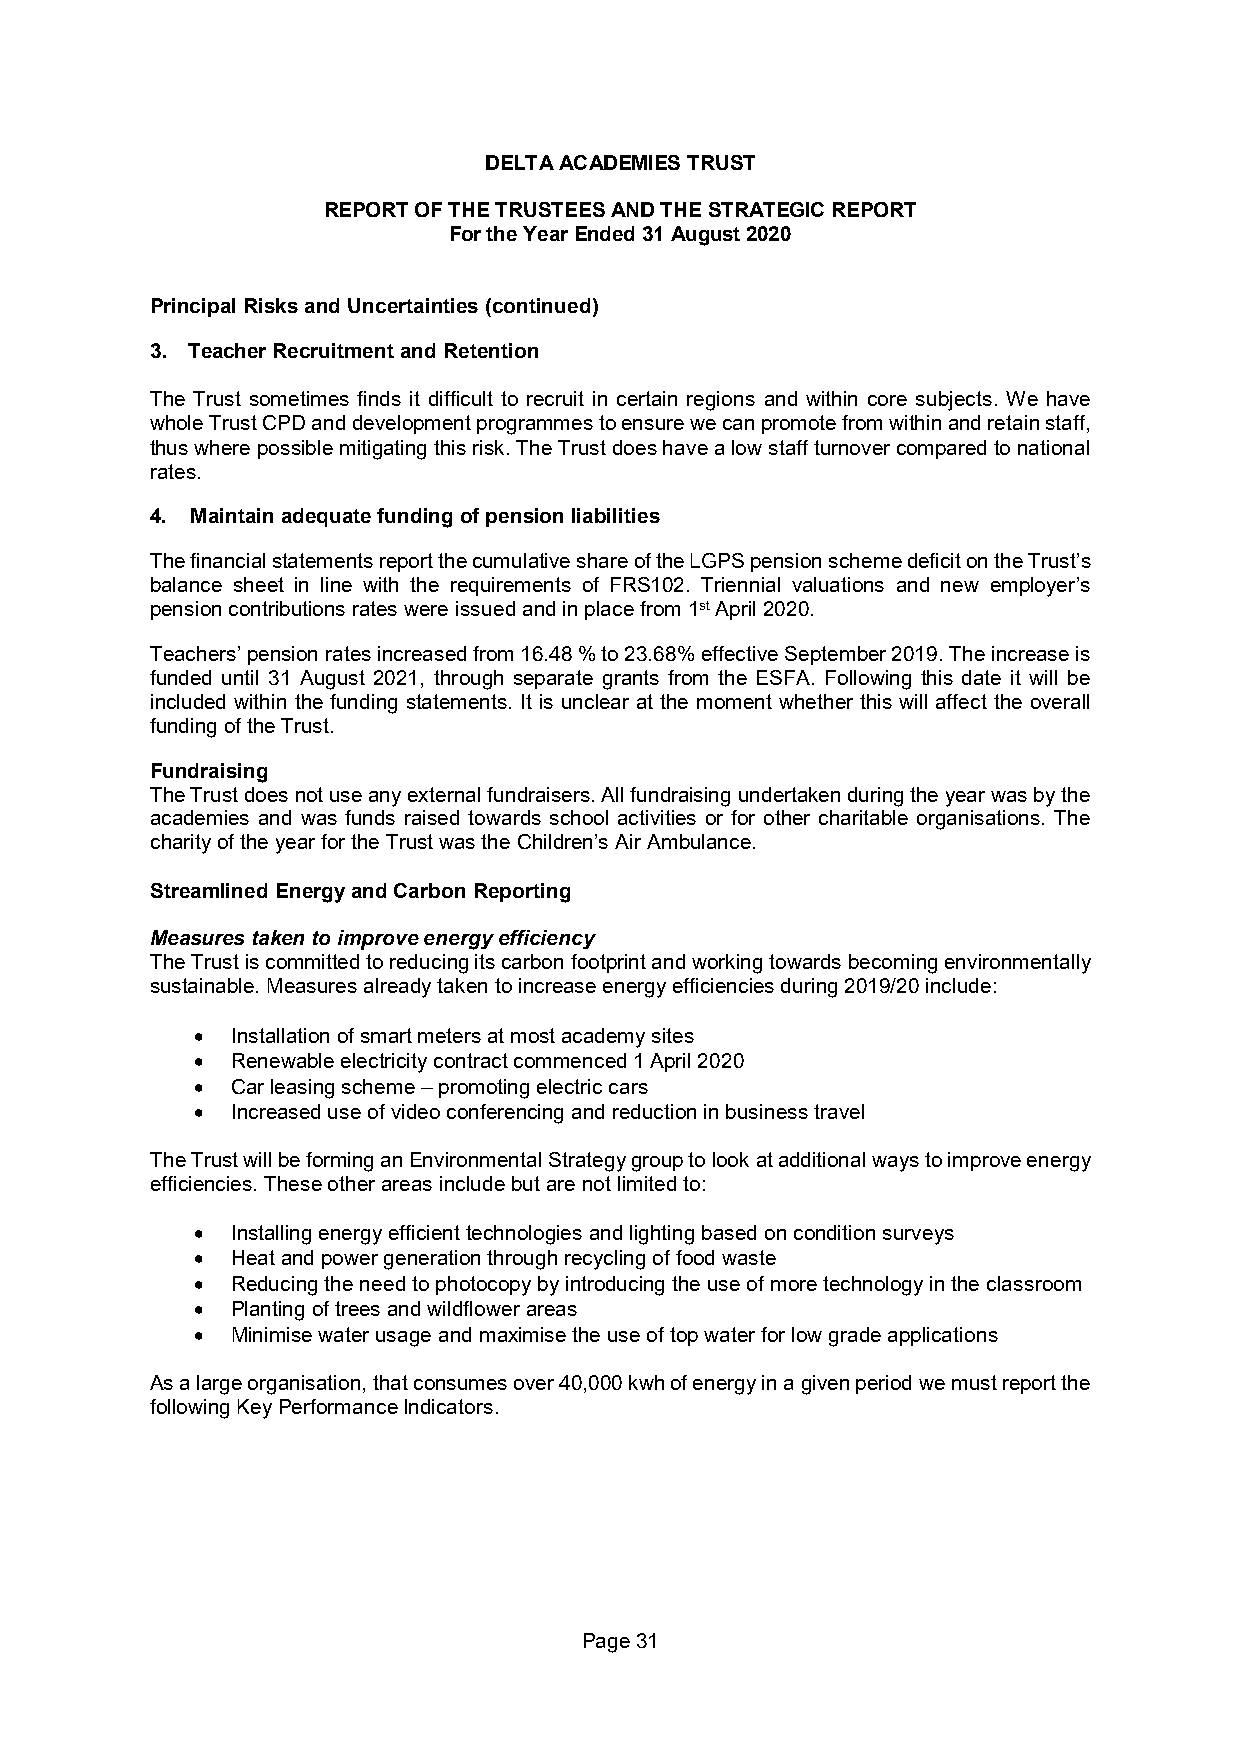
DELTA ACADEMIES TRUST
 REPORT OF THE TRUSTEES AND THE STRATEGIC REPORT
 For the Year Ended 31 August 2020
 Principal Risks and Uncertainties (continued)
 3. Teacher Recruitment and Retention
 The Trust sometimes finds it difficult to recruit in certain regions and within core subjects. We have
 whole Trust CPD and development programmes to ensure we can promote from within and retain staff,
 thus where possible mitigating this risk. The Trust does have a low staff turnover compared to national
 rates.
 4. Maintain adequate funding of pension liabilities
 The financial statements report the cumulative share of the LGPS pension scheme deficit on the Trust’s
 balance sheet in line with the requirements of FRS102. Triennial valuations and new employer’s
 pension contributions rates were issued and in place from 1st April 2020.
 Teachers’ pension rates increased from 16.48 % to 23.68% effective September 2019. The increase is
 funded until 31 August 2021, through separate grants from the ESFA. Following this date it will be
 included within the funding statements. It is unclear at the moment whether this will affect the overall
 funding of the Trust.
 Fundraising
 The Trust does not use any external fundraisers. All fundraising undertaken during the year was by the
 academies and was funds raised towards school activities or for other charitable organisations. The
 charity of the year for the Trust was the Children’s Air Ambulance.
 Streamlined Energy and Carbon Reporting
 Measures taken to improve energy efficiency
 The Trust is committed to reducing its carbon footprint and working towards becoming environmentally
 sustainable. Measures already taken to increase energy efficiencies during 2019/20 include:
  Installation of smart meters at most academy sites
  Renewable electricity contract commenced 1 April 2020
  Car leasing scheme – promoting electric cars
  Increased use of video conferencing and reduction in business travel
 The Trust will be forming an Environmental Strategy group to look at additional ways to improve energy
 efficiencies. These other areas include but are not limited to:
  Installing energy efficient technologies and lighting based on condition surveys
  Heat and power generation through recycling of food waste
  Reducing the need to photocopy by introducing the use of more technology in the classroom
  Planting of trees and wildflower areas
  Minimise water usage and maximise the use of top water for low grade applications
 As a large organisation, that consumes over 40,000 kwh of energy in a given period we must report the
 following Key Performance Indicators.
 Page 31